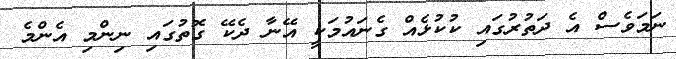
ނަމަވެސް އެ ދަތުރުގައި ކުކުޅެއް ގެނައުމަކީ އޭނާ ދެކޭ ގޮތުގައި ނިންމި އެންމެ